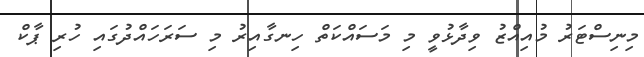
މިނިސްޓަރު މުއިއްޒު ވިދާޅުވީ މި މަސައްކަތް ހިނގާއިރު މި ސަރަހައްދުގައި ހުރި ޕާކް